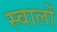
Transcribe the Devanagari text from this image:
स्वालों